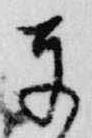
奉